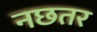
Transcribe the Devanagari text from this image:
नछतर